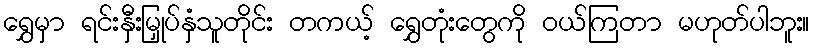
ရွှေမှာ ရင်းနှီးမြှုပ်နှံသူတိုင်း တကယ့် ရွှေတုံးတွေကို ဝယ်ကြတာ မဟုတ်ပါဘူး။